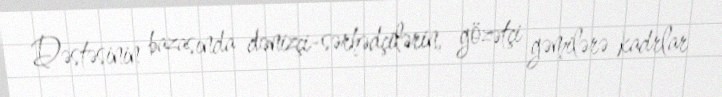
Dəstəsinin bazasında dənizçi-sərhədçilərin, gözətçi gəmilərə kadrlar